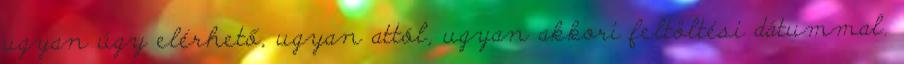
ugyan úgy elérhető, ugyan attól, ugyan akkori feltöltési dátummal.